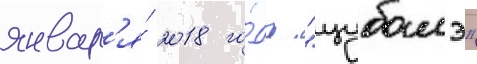
январ'я́ 2018 го́да "цубамэ"